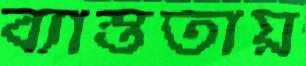
ব্যাস্ততায়